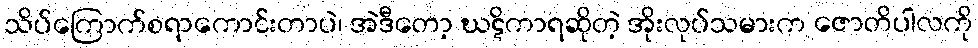
သိပ်ကြောက်စရာကောင်းတာပဲ၊ အဲဒီတော့ ဃဋိကာရဆိုတဲ့ အိုးလုပ်သမားက ဇောတိပါလကို